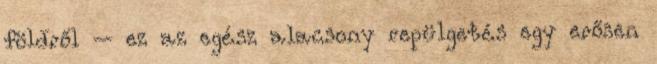
földről – ez az egész alacsony repülgetés egy erősen